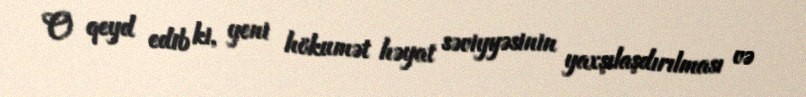
O qeyd edib ki, yeni hökumət həyat səviyyəsinin yaxşılaşdırılması və